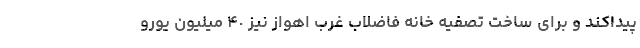
پیداکند و برای ساخت تصفیه خانه فاضلاب غرب اهواز نیز ۴٠ میلیون یورو